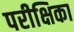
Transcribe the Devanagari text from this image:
परीक्षिका